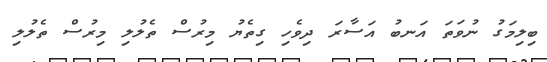
ބިލިމަގު ނުވަތަ އަނބު އަސާރަ ދިވެހި ގިތެޔު މިރުސް ތެލުލި މިރުސް ތެލުލި